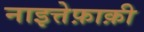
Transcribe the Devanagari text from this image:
नाइत्तेफ़ाक़ी